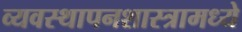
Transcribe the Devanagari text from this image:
व्यवस्थापनशास्त्रामध्ये